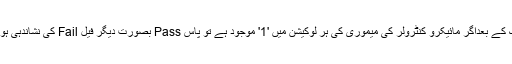
چیکنگ کے بعداگر مائیکرو کنٹرولر کی میموری کی ہر لوکیشن میں '1' موجود ہے تو پاس Pass بصورت دیگر فیل Fail کی نشاندہی ہوتی ہے۔